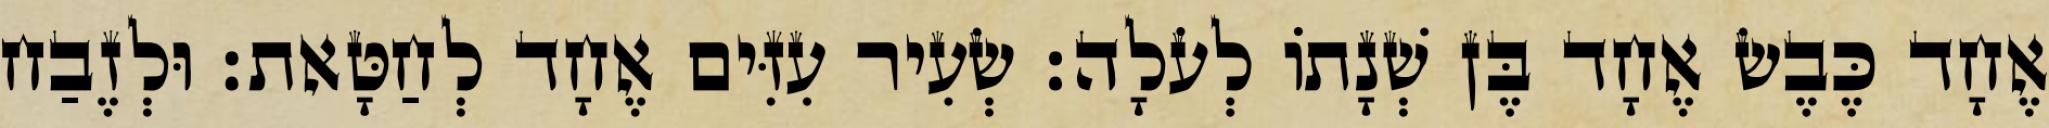
אֶחָד כֶּבֶשׂ אֶחָד בֶּן שְׁנָתוֹ לְעֹלָה׃ שְׂעִיר עִזִּים אֶחָד לְחַטָּאת׃ וּלְזֶבַח